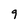
Character: 9